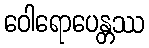
ဝေါရောပေန္တဿ